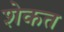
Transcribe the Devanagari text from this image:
शेकत